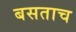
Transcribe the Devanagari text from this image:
बसताच